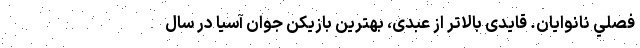
فصلي نانوايان. قایدی بالاتر از عبدی، بهترین بازیکن جوان آسیا در سال